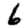
Digit: 6